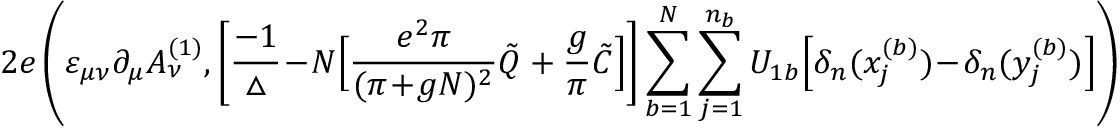
2 e \left( \varepsilon _ { \mu \nu } \partial _ { \mu } A _ { \nu } ^ { ( 1 ) } , \bigg [ \frac { - 1 } { \triangle } \! - \! N \Big [ \frac { e ^ { 2 } \pi } { ( \pi \! + \! g N ) ^ { 2 } } \tilde { Q } + \frac { g } { \pi } \tilde { C } \Big ] \bigg ] \sum _ { b = 1 } ^ { N } \sum _ { j = 1 } ^ { n _ { b } } U _ { 1 b } \Big [ \delta _ { n } ( x _ { j } ^ { ( b ) } ) \! - \! \delta _ { n } ( y _ { j } ^ { ( b ) } ) \Big ] \right)